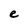
Character: e